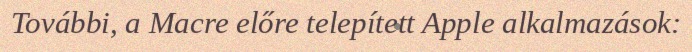
További, a Macre előre telepített Apple alkalmazások: